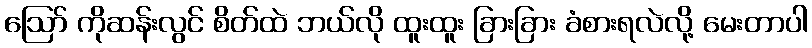
ဪ ကိုဆန်းလွင် စိတ်ထဲ ဘယ်လို ထူးထူး ခြားခြား ခံစားရလဲလို့ မေးတာပါ